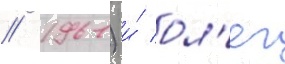
// 1961) и́ ол'ег